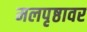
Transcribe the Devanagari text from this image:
मलपृष्ठावर